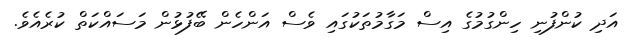
އަދި ކުންފުނި ހިންގުމުގެ އިސް މަގާމުތަކުގައި ވެސް އަންހެން ބޭފުޅުން މަސައްކަތް ކުރެއެވެ.